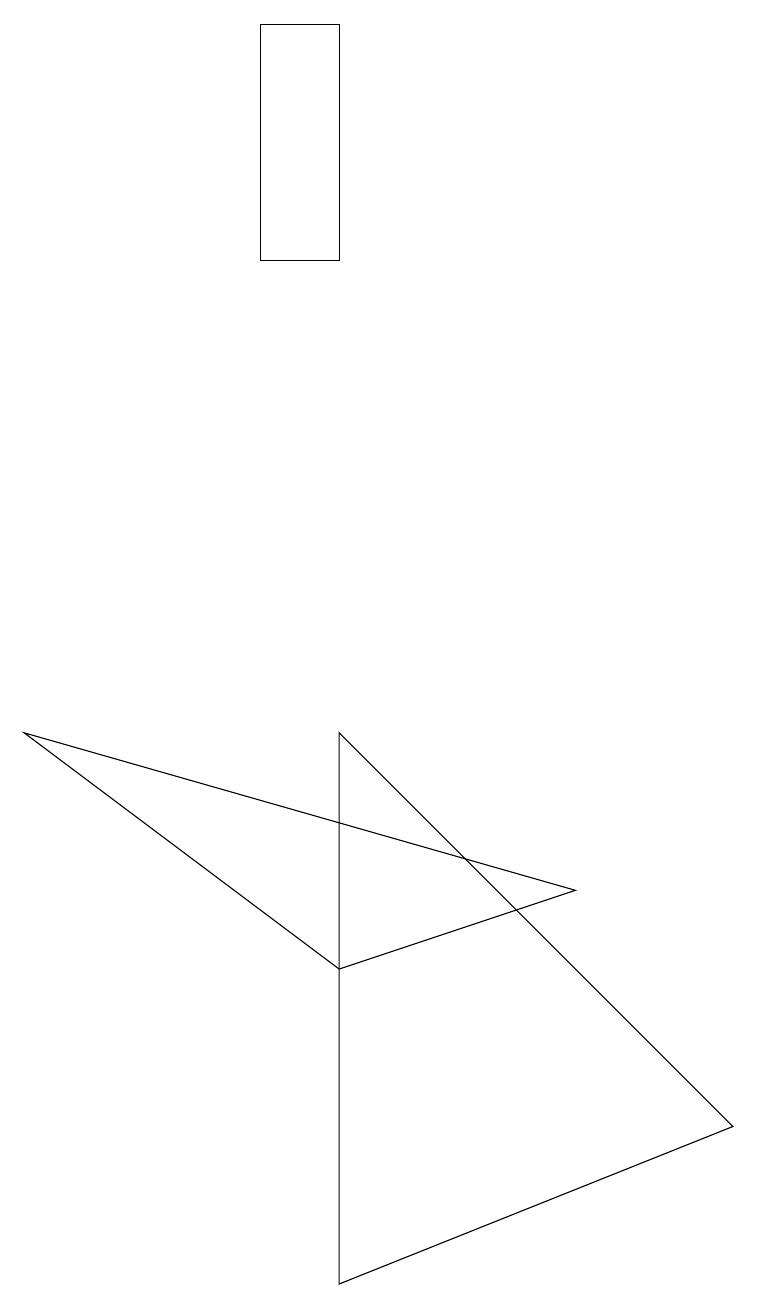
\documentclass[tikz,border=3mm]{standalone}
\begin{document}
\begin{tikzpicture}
\draw (7,7) -- (0,9) -- (4,6) -- cycle;
\draw (4,2) -- (4,9) -- (9,4) -- cycle;
\draw (3,15) rectangle (4,18);
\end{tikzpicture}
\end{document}